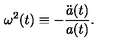
\omega ^ { 2 } ( t ) \equiv - \frac { { \ddot { a } } ( t ) } { a ( t ) } .